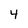
Character: 4